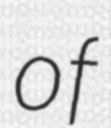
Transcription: of